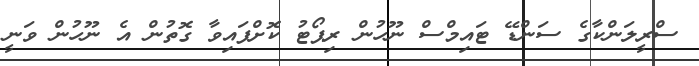
ސްރީލަންކާގެ ސަންޑޭ ޓައިމްސް ނޫހުން ރިޕޯޓު ކޮށްފައިވާ ގޮތުން އެ ނޫހުން ވަނީ